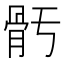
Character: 𩨗